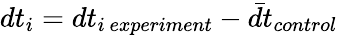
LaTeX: dt_{i}=dt_{i~experiment}-\bar{dt}_{control}